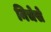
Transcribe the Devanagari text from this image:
निचेसे